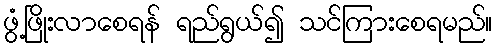
ဖွံ့ဖြိုးလာစေရန် ရည်ရွယ်၍ သင်ကြားစေရမည်။